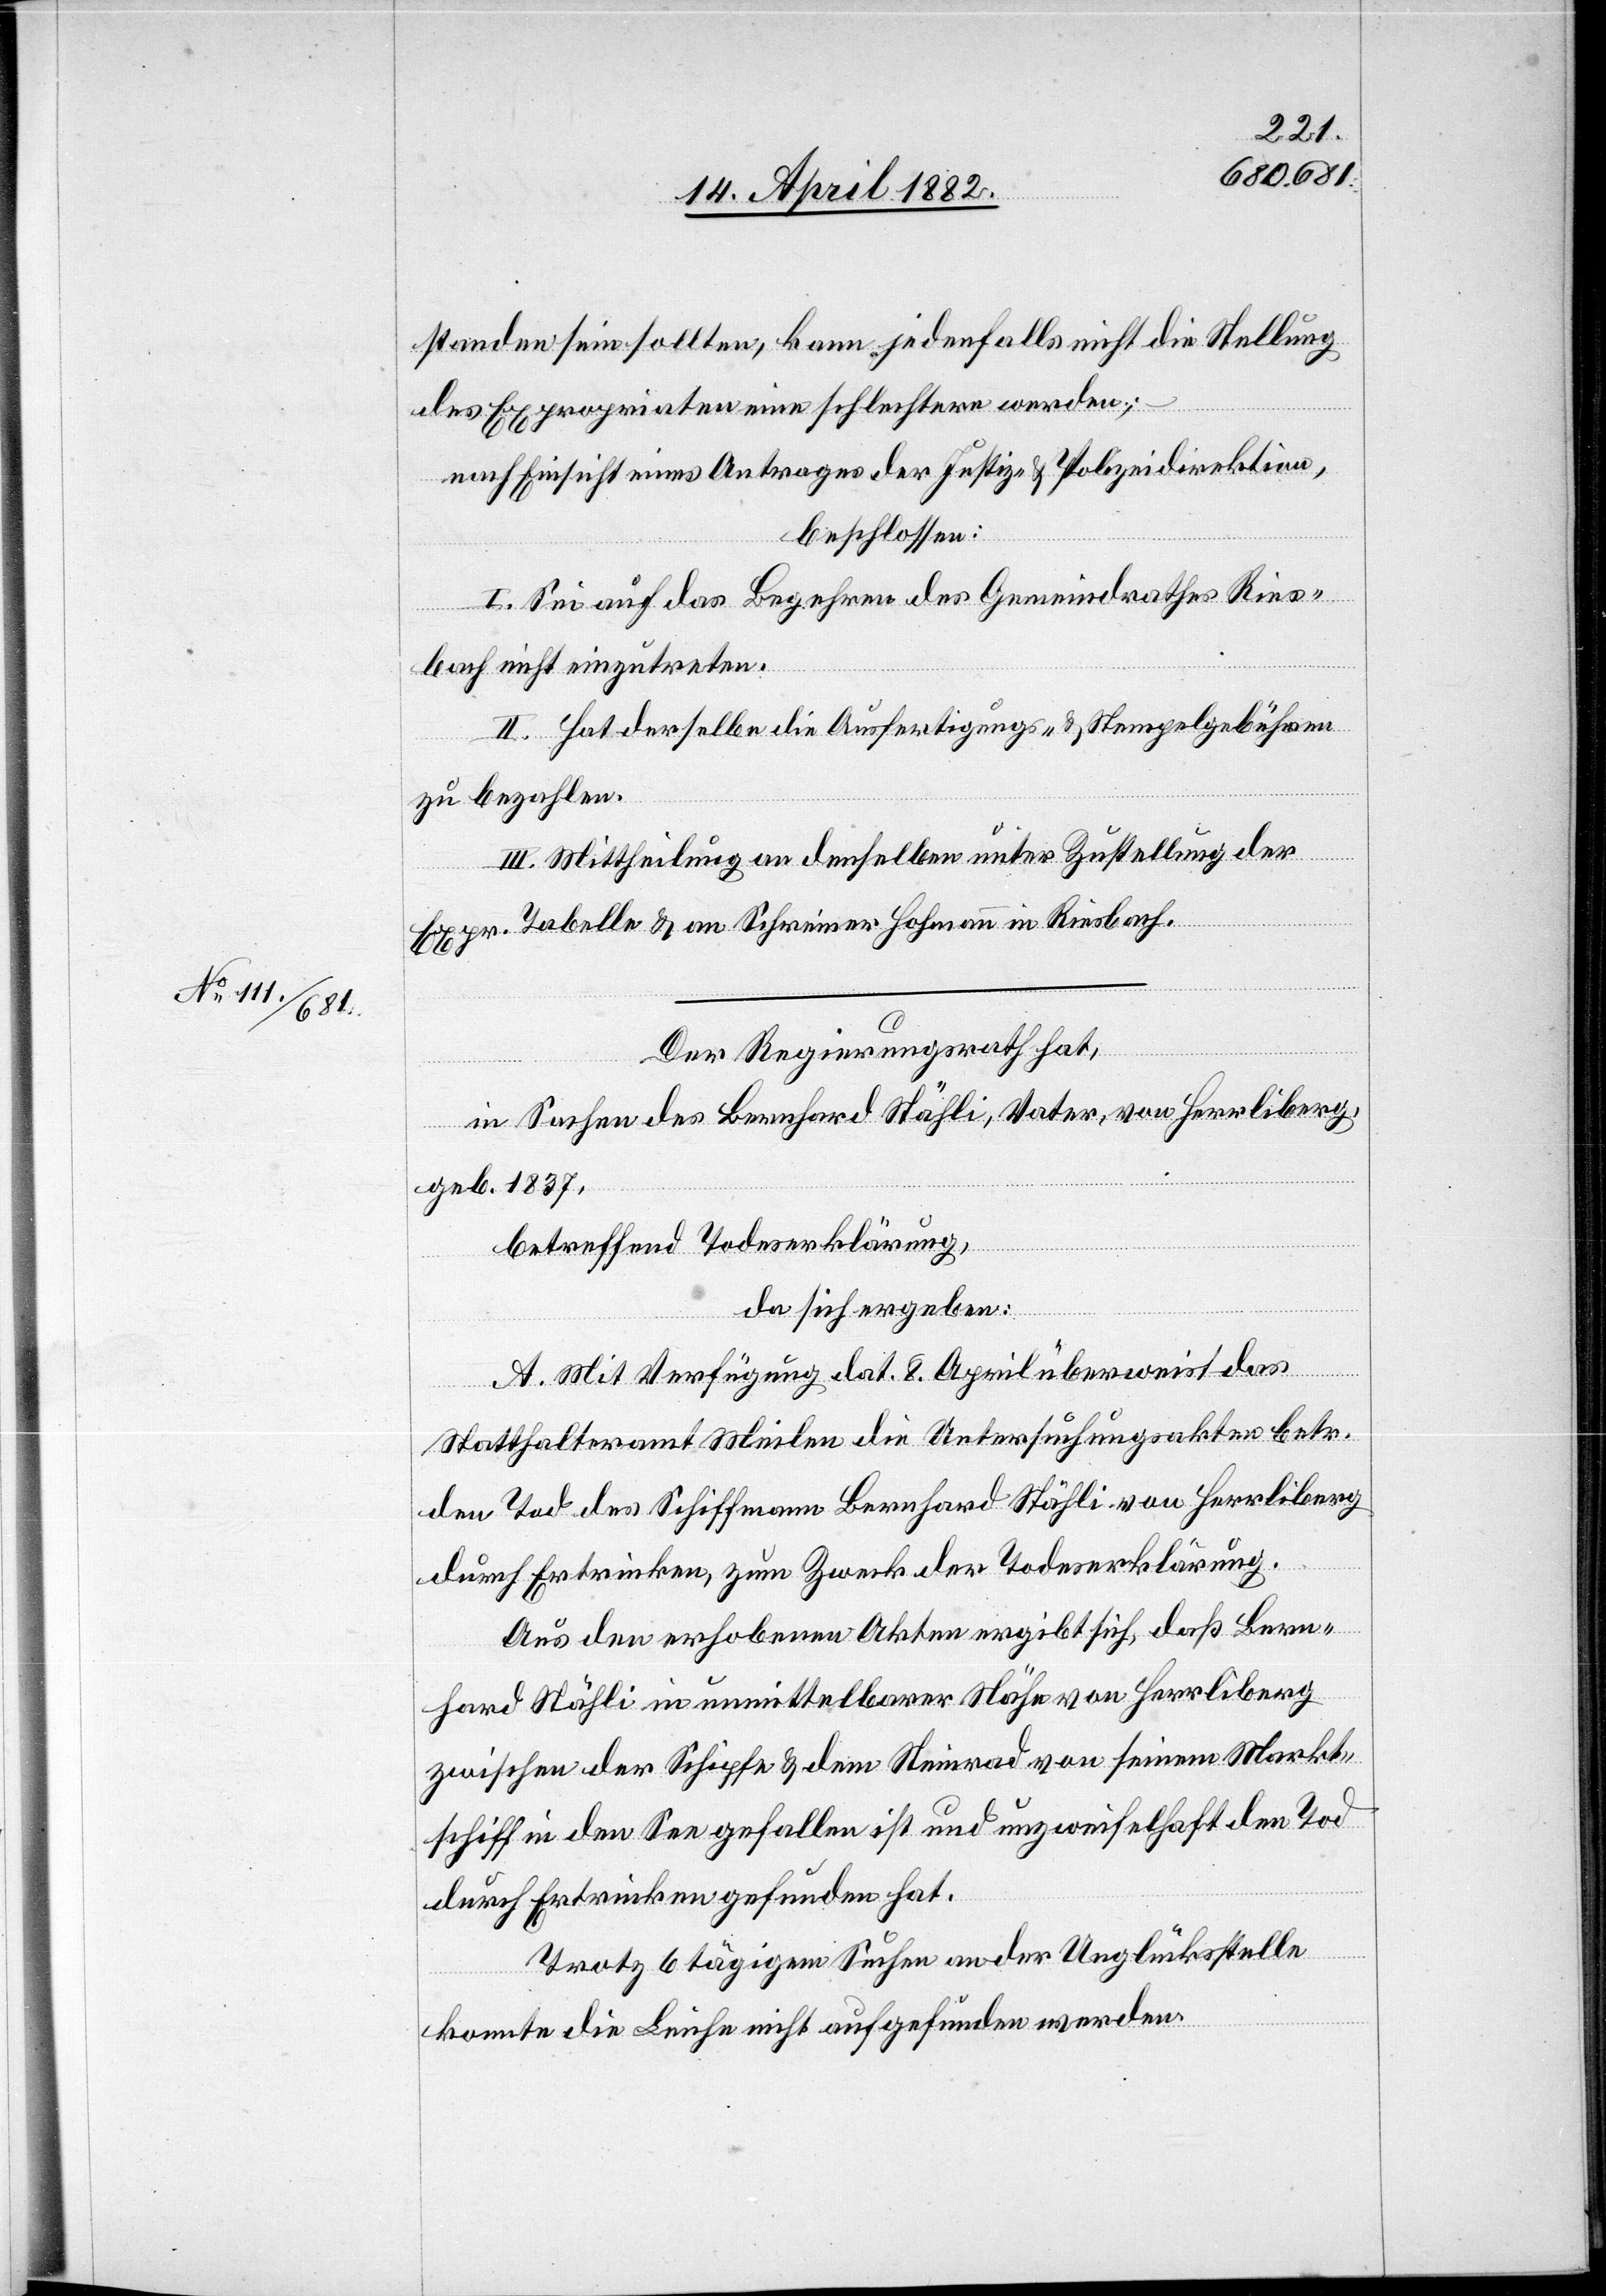
standen sein sollten, kann jedenfalls nicht die Stellung
des Expropriaten eine schlechtere werden;
nach Einsicht eines Antrages der Justiz- & Polizeidirektion,
beschlossen:
I. Sei auf das Begehren des Gemeindrathes Ries¬
bach nicht einzutreten.
II. Hat derselbe die Ausfertigungs- & Stempelgebühren
zu bezahlen.
III. Mittheilung an denselben unter Zustellung der
Expr. Tabelle & an Schreiner Hohmann in Riesbach.
Der Regierungsrath hat,
in Sachen des Bernhard Stähli, Vater, von Herrliberg,
geb. 1837,
betreffend Todeserklärung,
da sich ergeben:
A. Mit Verfügung dat. 8. April überweist das
Statthalteramt Meilen die Untersuchungsakten betr.
den Tod des Schiffmann Bernhard Stähli von Herrliberg
durch Ertrinken, zum Zweck der Todeserklärung.
Aus den erhobenen Akten ergibt sich, daß Bern¬
hard Stähli in unmittelbarer Nähe von Herrliberg
zwischen der Schipfe & dem Steinrad von seinem Markt¬
schiff in den See gefallen ist und unzweifelhaft den Tod
durch Ertrinken gefunden hat.
Trotz 6 tägigem Suchen an der Unglücksstelle
konnte die Leiche nicht aufgefunden werden.